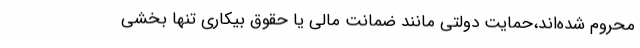
محروم شده‌اند،حمایت دولتی مانند ضمانت مالی یا حقوق بیکاری تنها بخشی